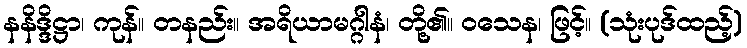
နနိဒ္ဒိဋ္ဌာ၊ ကုန်။ တနည်း။ အရိယာမဂ္ဂါနံ၊ တို့၏။ ဝသေန၊ ဖြင့်။ (သုံးပုဒ်ထည့်)